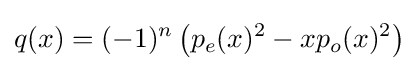
q(x)=(-1)^{n}\left(p_{e}(x)^{2}-xp_{o}(x)^{2}\right)